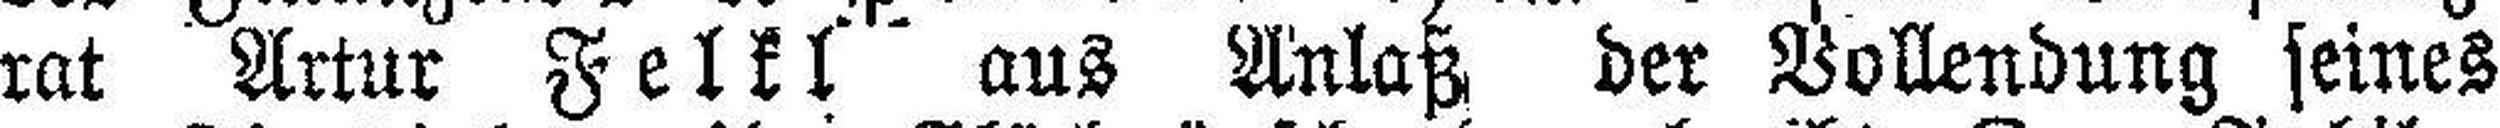
rat Artur Felkl aus Anlaß der Vollendung seines